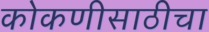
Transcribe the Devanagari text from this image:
कोकणीसाठीचा